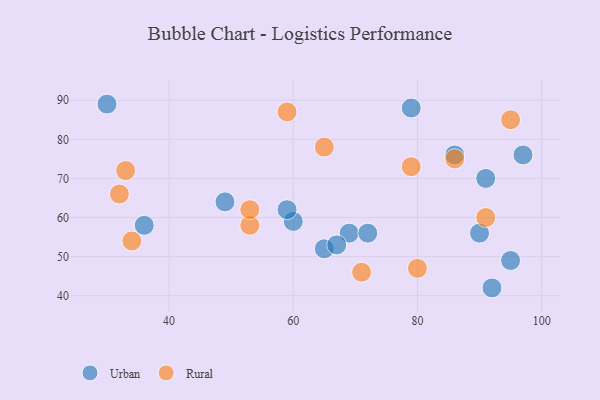
{"axis": {"x": "GDP", "y": "Life Expectancy"}, "legend": ["Rural", "Urban"], "data": [{"x": "60", "y": 59, "type": "Urban"}, {"x": "65", "y": 52, "type": "Urban"}, {"x": "95", "y": 49, "type": "Urban"}, {"x": "69", "y": 56, "type": "Urban"}, {"x": "92", "y": 42, "type": "Urban"}, {"x": "36", "y": 58, "type": "Urban"}, {"x": "79", "y": 88, "type": "Urban"}, {"x": "49", "y": 64, "type": "Urban"}, {"x": "72", "y": 56, "type": "Urban"}, {"x": "86", "y": 76, "type": "Urban"}, {"x": "90", "y": 56, "type": "Urban"}, {"x": "91", "y": 70, "type": "Urban"}, {"x": "59", "y": 62, "type": "Urban"}, {"x": "97", "y": 76, "type": "Urban"}, {"x": "30", "y": 89, "type": "Urban"}, {"x": "67", "y": 53, "type": "Urban"}, {"x": "33", "y": 72, "type": "Rural"}, {"x": "65", "y": 78, "type": "Rural"}, {"x": "53", "y": 58, "type": "Rural"}, {"x": "53", "y": 62, "type": "Rural"}, {"x": "86", "y": 75, "type": "Rural"}, {"x": "32", "y": 66, "type": "Rural"}, {"x": "71", "y": 46, "type": "Rural"}, {"x": "59", "y": 87, "type": "Rural"}, {"x": "95", "y": 85, "type": "Rural"}, {"x": "80", "y": 47, "type": "Rural"}, {"x": "34", "y": 54, "type": "Rural"}, {"x": "79", "y": 73, "type": "Rural"}, {"x": "91", "y": 60, "type": "Rural"}]}